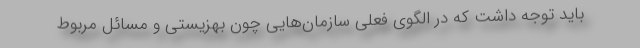
باید توجه داشت که در الگوی فعلی سازمان‌هایی چون بهزیستی و مسائل مربوط